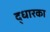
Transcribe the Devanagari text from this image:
द्धारका